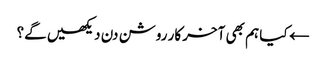
← کیا ہم بھی آخر کار روشن دن دیکھیں گے؟